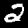
Digit: 2